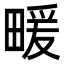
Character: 𤲫